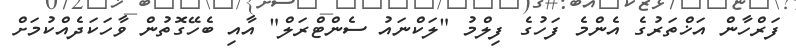
ފަރްހާން އަޚްތަރުގެ އެންމެ ފަހުގެ ފިލްމު "ލަކްނައު ސެންޓްރަލް" އާއި ބެހޭގޮތުން ވާހަކަދެއްކުމަށް